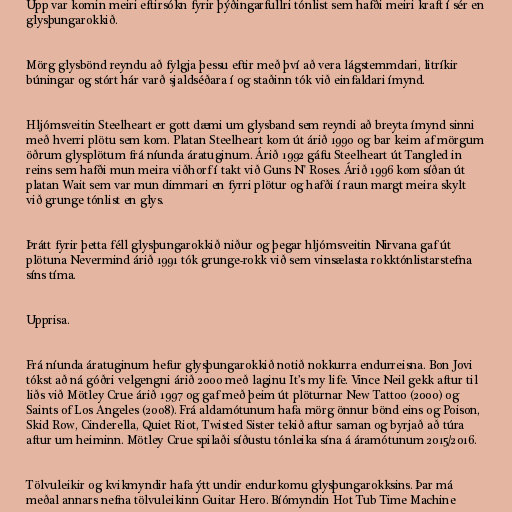
Upp var komin meiri eftirsókn fyrir þýðingarfullri tónlist sem hafði meiri kraft í sér en
glysþungarokkið.

Mörg glysbönd reyndu að fylgja þessu eftir með því að vera lágstemmdari, litríkir
búningar og stórt hár varð sjaldséðara í og staðinn tók við einfaldari ímynd.

Hljómsveitin Steelheart er gott dæmi um glysband sem reyndi að breyta ímynd sinni
með hverri plötu sem kom. Platan Steelheart kom út árið 1990 og bar keim af mörgum
öðrum glysplötum frá níunda áratuginum. Árið 1992 gáfu Steelheart út Tangled in
reins sem hafði mun meira viðhorf í takt við Guns N' Roses. Árið 1996 kom síðan út
platan Wait sem var mun dimmari en fyrri plötur og hafði í raun margt meira skylt
við grunge tónlist en glys.

Þrátt fyrir þetta féll glysþungarokkið niður og þegar hljómsveitin Nirvana gaf út
plötuna Nevermind árið 1991 tók grunge-rokk við sem vinsælasta rokktónlistarstefna
síns tíma.

Upprisa.

Frá níunda áratuginum hefur glysþungarokkið notið nokkurra endurreisna. Bon Jovi
tókst að ná góðri velgengni árið 2000 með laginu It’s my life. Vince Neil gekk aftur til
liðs við Mötley Crue árið 1997 og gaf með þeim út plöturnar New Tattoo (2000) og
Saints of Los Angeles (2008). Frá aldamótunum hafa mörg önnur bönd eins og Poison,
Skid Row, Cinderella, Quiet Riot, Twisted Sister tekið aftur saman og byrjað að túra
aftur um heiminn. Mötley Crue spilaði síðustu tónleika sína á áramótunum 2015/2016.

Tölvuleikir og kvikmyndir hafa ýtt undir endurkomu glysþungarokksins. Þar má
meðal annars nefna tölvuleikinn Guitar Hero. Bíómyndin Hot Tub Time Machine